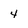
Character: 4